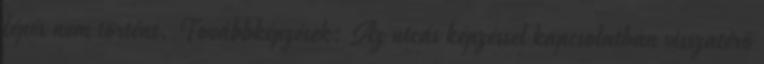
lépés nem történt. Továbbképzések: Az utcás képzéssel kapcsolatban visszatérő